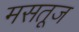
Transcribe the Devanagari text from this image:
मसतूज